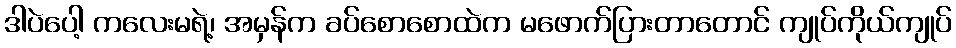
ဒါပဲပေါ့ ကလေးမရဲ့၊ အမှန်က ခပ်စောစောထဲက မဖောက်ပြားတာတောင် ကျုပ်ကိုယ်ကျုပ်